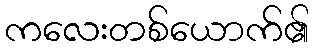
ကလေးတစ်ယောက်၏